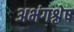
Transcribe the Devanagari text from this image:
अभंगश्लेष